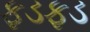
ફડફડ